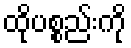
ထိုပစ္စည်းကို